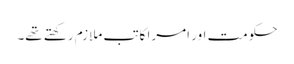
حکومت اور امرا کاتب ملازم رکھتے تھے۔